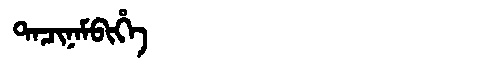
Manchu: ᡨᠠᠴᡳᠨᠠᠮᠪᡳᡥᡝ
Romanization: TACINAMBIHE